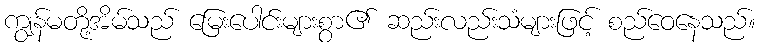
ကျွန်မတို့အိမ်သည် မြေးပေါင်းများစွာ၏ ဆည်းလည်းသံများဖြင့် စည်ဝေနေသည်။